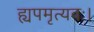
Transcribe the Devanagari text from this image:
ह्यपमृत्यवः।